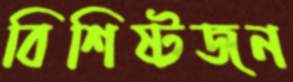
বিশিষ্টজন